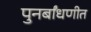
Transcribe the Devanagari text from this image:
पुनर्बांधणीत